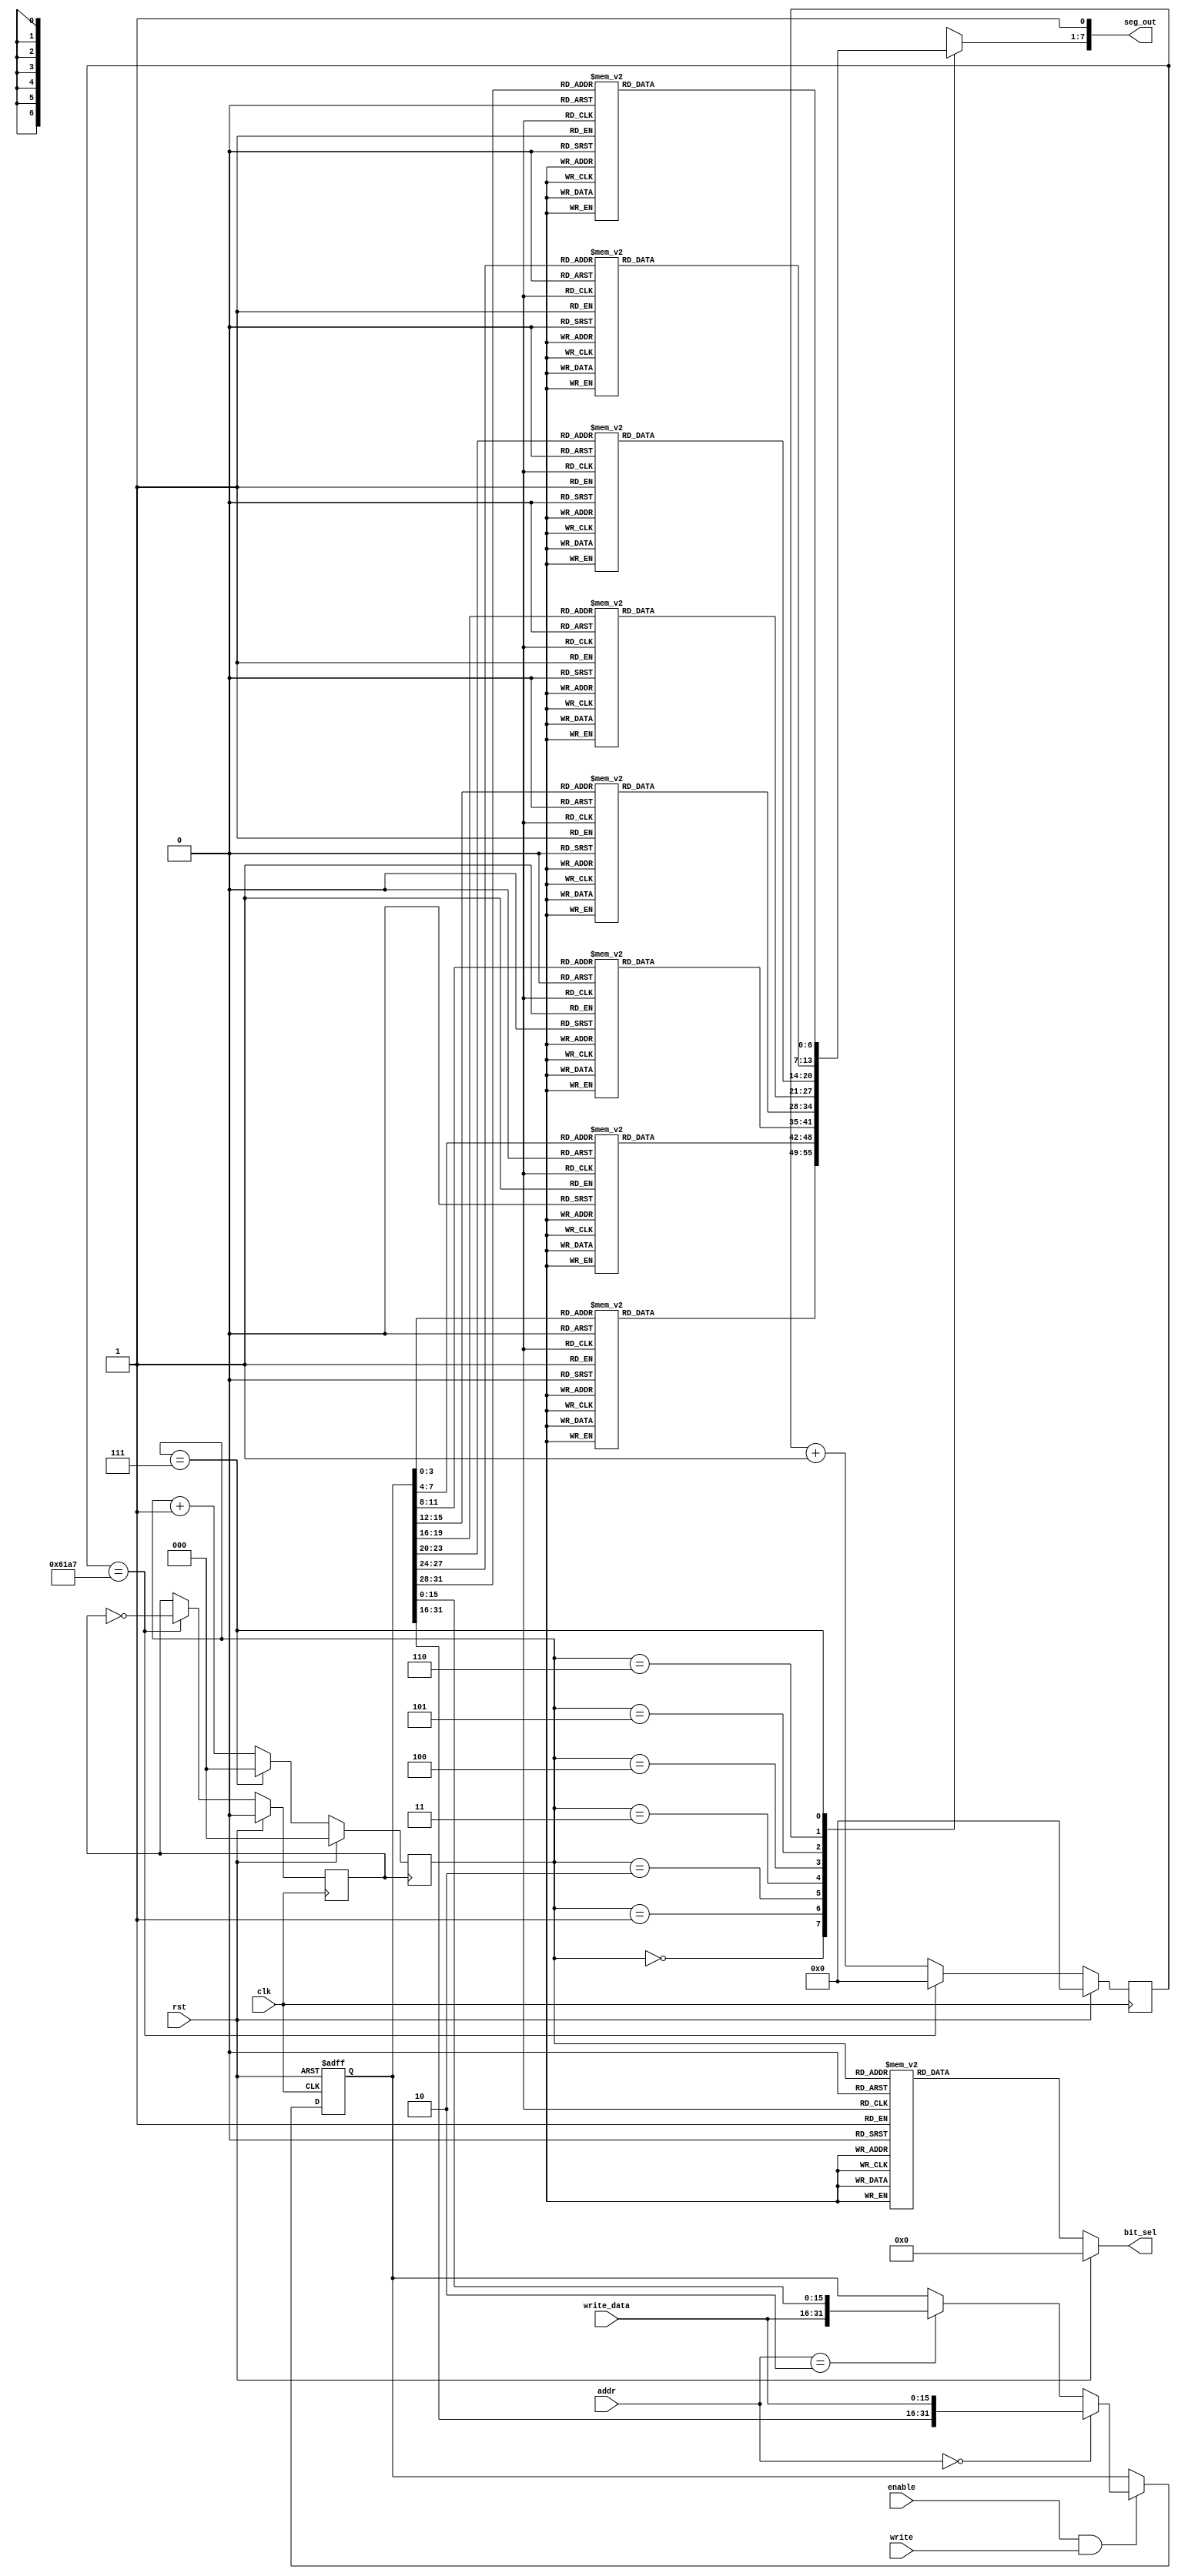
`timescale 1ns/1ps

module scan_seg(
    input clk,
    input rst,
    input write,
    input enable,
    input[1:0] addr,	        // last 2 bit of address
    input[15:0] write_data,	  //  data written to the led
    output [7:0] bit_sel,
    output [7:0] seg_out
);

reg error = 0;
reg [1:0] errorType = 0;
reg [15:0] state = 16'b10_10_10_10_10_10_10_10; // 00 for lights out, 01 for lights flickering, 10 for lights on
reg [31:0] data = 32'h0;
reg clkout;
reg l_clkout;
reg [31:0] cnt;
reg [31:0] l_cnt;
reg [2:0] scan_cnt;
reg [6:0] Y_reg;
reg [7:0] bit_sel_reg;

parameter  period = 50000;
parameter  l_period = 50_000_000;

assign seg_out = {Y_reg, 1'b1};
assign bit_sel = bit_sel_reg;

always@(posedge clk or posedge rst) begin
    if(rst) begin
        data <= 32'h0000_0000;
    end
	else if(enable && write) begin
		if(addr == 2'b00)
			data[31:0] <= { data[31:16], write_data[15:0] };
		else if(addr == 2'b10 )
			data[31:0] <= { write_data[15:0], data[15:0] };
		else
			data <= data;
    end
	else begin
		data <= data;
    end
end

always @(posedge clk)
begin
    if(rst == 1) begin 
        cnt <= 0;
        clkout = 0;
    end
    else begin 
        if(cnt == (period >> 1) - 1) begin
            clkout <= ~clkout;
            cnt <= 0;
        end
        else
            cnt <= cnt + 1;
    end
end

always @(posedge clk)
begin
    if(rst == 1) begin 
        l_cnt <= 0;
        l_clkout <= 0;
    end
    else begin 
        if(l_cnt == (l_period >> 1) - 1) begin
            l_clkout <= ~l_clkout;
            l_cnt <= 0;
        end
        else
            l_cnt <= l_cnt + 1;
    end
end

always @(posedge clkout)
begin
    if(rst == 1)
        scan_cnt <= 0;
    else begin
        if(scan_cnt == 3'b111)
            scan_cnt <= 0;
        else
        scan_cnt <= scan_cnt + 1;
    end
end

always @(scan_cnt)
begin
    if(rst == 1)
        bit_sel_reg = 8'b00000000;
    else
    case(scan_cnt)
        3'b000: bit_sel_reg = ~8'b00000001;
        3'b001: bit_sel_reg = ~8'b00000010;
        3'b010: bit_sel_reg = ~8'b00000100;
        3'b011: bit_sel_reg = ~8'b00001000;
        3'b100: bit_sel_reg = ~8'b00010000;
        3'b101: bit_sel_reg = ~8'b00100000;
        3'b110: bit_sel_reg = ~8'b01000000;
        3'b111: bit_sel_reg = ~8'b10000000;
    endcase
end

always @(scan_cnt)
begin
    if(error == 0)
    begin
        case(scan_cnt)
                3'b000: 
                if(state[1:0] == 0 || ((state[1:0] == 1) && l_clkout == 0))
                    Y_reg = ~7'b0000_000;
                else
                case (data[3:0])
                    0:Y_reg = ~7'b1111_110;   //0
                    1:Y_reg = ~7'b0110_000;   //1
                    2:Y_reg = ~7'b1101_101;   //2
                    3:Y_reg = ~7'b1111_001;   //3
                    4:Y_reg = ~7'b0110_011;   //4
                    5:Y_reg = ~7'b1011_011;   //5
                    6:Y_reg = ~7'b1011_111;   //6
                    7:Y_reg = ~7'b1110_000;   //7
                    8:Y_reg = ~7'b1111_111;   //8
                    9:Y_reg = ~7'b1110_011;   //9
                    10:Y_reg = ~7'b1110_111; //A
                    11:Y_reg = ~7'b0011_111; // b
                    12:Y_reg = ~7'b0001_101; // c
                    13:Y_reg = ~7'b0111_101; // d
                    14:Y_reg = ~7'b1001_111; // E
                    15:Y_reg = ~7'b1000_111; // F
                endcase    
                3'b001:
                if(state[3:2] == 0 || ((state[3:2] == 1) && l_clkout == 0))
                    Y_reg = ~7'b0000_000;
                else
                case (data[7:4])
                    0:Y_reg = ~7'b1111_110;   //0
                    1:Y_reg = ~7'b0110_000;   //1
                    2:Y_reg = ~7'b1101_101;   //2
                    3:Y_reg = ~7'b1111_001;   //3
                    4:Y_reg = ~7'b0110_011;   //4
                    5:Y_reg = ~7'b1011_011;   //5
                    6:Y_reg = ~7'b1011_111;   //6
                    7:Y_reg = ~7'b1110_000;   //7
                    8:Y_reg = ~7'b1111_111;   //8
                    9:Y_reg = ~7'b1110_011;   //9
                    10:Y_reg = ~7'b1110_111; //A
                    11:Y_reg = ~7'b0011_111; // b
                    12:Y_reg = ~7'b0001_101; // c
                    13:Y_reg = ~7'b0111_101; // d
                    14:Y_reg = ~7'b1001_111; // E
                    15:Y_reg = ~7'b1000_111; // F
                endcase
                3'b010:
                if(state[5:4] == 0 || ((state[5:4] == 1) && l_clkout == 0))
                    Y_reg = ~7'b0000_000;
                else
                case (data[11:8])
                    0:Y_reg = ~7'b1111_110;   //0
                    1:Y_reg = ~7'b0110_000;   //1
                    2:Y_reg = ~7'b1101_101;   //2
                    3:Y_reg = ~7'b1111_001;   //3
                    4:Y_reg = ~7'b0110_011;   //4
                    5:Y_reg = ~7'b1011_011;   //5
                    6:Y_reg = ~7'b1011_111;   //6
                    7:Y_reg = ~7'b1110_000;   //7
                    8:Y_reg = ~7'b1111_111;   //8
                    9:Y_reg = ~7'b1110_011;   //9
                    10:Y_reg = ~7'b1110_111; //A
                    11:Y_reg = ~7'b0011_111; // b
                    12:Y_reg = ~7'b0001_101; // c
                    13:Y_reg = ~7'b0111_101; // d
                    14:Y_reg = ~7'b1001_111; // E
                    15:Y_reg = ~7'b1000_111; // F
                endcase
                3'b011:
                if(state[7:6] == 0 || ((state[7:6] == 1) && l_clkout == 0))
                    Y_reg = ~7'b0000_000;
                else
                case (data[15:12])
                    0:Y_reg = ~7'b1111_110;   //0
                    1:Y_reg = ~7'b0110_000;   //1
                    2:Y_reg = ~7'b1101_101;   //2
                    3:Y_reg = ~7'b1111_001;   //3
                    4:Y_reg = ~7'b0110_011;   //4
                    5:Y_reg = ~7'b1011_011;   //5
                    6:Y_reg = ~7'b1011_111;   //6
                    7:Y_reg = ~7'b1110_000;   //7
                    8:Y_reg = ~7'b1111_111;   //8
                    9:Y_reg = ~7'b1110_011;   //9
                    10:Y_reg = ~7'b1110_111; //A
                    11:Y_reg = ~7'b0011_111; // b
                    12:Y_reg = ~7'b0001_101; // c
                    13:Y_reg = ~7'b0111_101; // d
                    14:Y_reg = ~7'b1001_111; // E
                    15:Y_reg = ~7'b1000_111; // F
                endcase
                3'b100:
                if(state[9:8] == 0 || ((state[9:8] == 1) && l_clkout == 0))
                    Y_reg = ~7'b0000_000;
                else
                case (data[19:16])
                    0:Y_reg = ~7'b1111_110;   //0
                    1:Y_reg = ~7'b0110_000;   //1
                    2:Y_reg = ~7'b1101_101;   //2
                    3:Y_reg = ~7'b1111_001;   //3
                    4:Y_reg = ~7'b0110_011;   //4
                    5:Y_reg = ~7'b1011_011;   //5
                    6:Y_reg = ~7'b1011_111;   //6
                    7:Y_reg = ~7'b1110_000;   //7
                    8:Y_reg = ~7'b1111_111;   //8
                    9:Y_reg = ~7'b1110_011;   //9
                    10:Y_reg = ~7'b1110_111; //A
                    11:Y_reg = ~7'b0011_111; // b
                    12:Y_reg = ~7'b0001_101; // c
                    13:Y_reg = ~7'b0111_101; // d
                    14:Y_reg = ~7'b1001_111; // E
                    15:Y_reg = ~7'b1000_111; // F
                endcase
                3'b101:
                if(state[11:10] == 0 || ((state[11:10] == 1) && l_clkout == 0))
                    Y_reg = ~7'b0000_000;
                else
                case (data[23:20])
                    0:Y_reg = ~7'b1111_110;   //0
                    1:Y_reg = ~7'b0110_000;   //1
                    2:Y_reg = ~7'b1101_101;   //2
                    3:Y_reg = ~7'b1111_001;   //3
                    4:Y_reg = ~7'b0110_011;   //4
                    5:Y_reg = ~7'b1011_011;   //5
                    6:Y_reg = ~7'b1011_111;   //6
                    7:Y_reg = ~7'b1110_000;   //7
                    8:Y_reg = ~7'b1111_111;   //8
                    9:Y_reg = ~7'b1110_011;   //9
                    10:Y_reg = ~7'b1110_111; //A
                    11:Y_reg = ~7'b0011_111; // b
                    12:Y_reg = ~7'b0001_101; // c
                    13:Y_reg = ~7'b0111_101; // d
                    14:Y_reg = ~7'b1001_111; // E
                    15:Y_reg = ~7'b1000_111; // F
                endcase  
                3'b110:
                if(state[13:12] == 0 || ((state[13:12] == 1) && l_clkout == 0))
                    Y_reg = ~7'b0000_000;
                else
                case (data[27:24])
                    0:Y_reg = ~7'b1111_110;   //0
                    1:Y_reg = ~7'b0110_000;   //1
                    2:Y_reg = ~7'b1101_101;   //2
                    3:Y_reg = ~7'b1111_001;   //3
                    4:Y_reg = ~7'b0110_011;   //4
                    5:Y_reg = ~7'b1011_011;   //5
                    6:Y_reg = ~7'b1011_111;   //6
                    7:Y_reg = ~7'b1110_000;   //7
                    8:Y_reg = ~7'b1111_111;   //8
                    9:Y_reg = ~7'b1110_011;   //9
                    10:Y_reg = ~7'b1110_111; //A
                    11:Y_reg = ~7'b0011_111; // b
                    12:Y_reg = ~7'b0001_101; // c
                    13:Y_reg = ~7'b0111_101; // d
                    14:Y_reg = ~7'b1001_111; // E
                    15:Y_reg = ~7'b1000_111; // F
                endcase
                3'b111:
                if(state[15:14] == 0 || ((state[15:14] == 1) && l_clkout == 0))
                    Y_reg = ~7'b0000_000;
                else
                case (data[31:28])
                    0:Y_reg = ~7'b1111_110;   //0
                    1:Y_reg = ~7'b0110_000;   //1
                    2:Y_reg = ~7'b1101_101;   //2
                    3:Y_reg = ~7'b1111_001;   //3
                    4:Y_reg = ~7'b0110_011;   //4
                    5:Y_reg = ~7'b1011_011;   //5
                    6:Y_reg = ~7'b1011_111;   //6
                    7:Y_reg = ~7'b1110_000;   //7
                    8:Y_reg = ~7'b1111_111;   //8
                    9:Y_reg = ~7'b1110_011;   //9
                    10:Y_reg = ~7'b1110_111; //A
                    11:Y_reg = ~7'b0011_111; // b
                    12:Y_reg = ~7'b0001_101; // c
                    13:Y_reg = ~7'b0111_101; // d
                    14:Y_reg = ~7'b1001_111; // E
                    15:Y_reg = ~7'b1000_111; // F
                endcase
                default: Y_reg = ~7'b0000_000;   //all disabled
        endcase  
        end
        else
        begin
            case(scan_cnt)
                3'b000:
                case (errorType)
                    2'b00:Y_reg = ~7'b0000_000;   //off
                    2'b01:Y_reg = ~7'b0110_000;   //1
                    2'b10:Y_reg = ~7'b1101_101;   //2
                    2'b11:Y_reg = ~7'b1111_001;   //3
                endcase
                3'b001: 
                Y_reg = ~7'b0000101;   //r
                3'b010:
                Y_reg = ~7'b0011101;  //o
                3'b011:
                Y_reg = ~7'b0000101;   //r
                3'b100:
                Y_reg = ~7'b0000101;   //r
                3'b101:
                Y_reg = ~7'b1001111;    //E
                default: Y_reg = ~7'b0000_000;   //all disabled
        endcase     
        end  
    end
endmodule